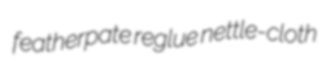
featherpate reglue nettle-cloth